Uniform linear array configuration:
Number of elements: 8
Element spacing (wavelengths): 0.75
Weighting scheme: cosine
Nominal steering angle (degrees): -60
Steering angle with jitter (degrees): -58.67
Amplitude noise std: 0.05
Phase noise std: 0.05

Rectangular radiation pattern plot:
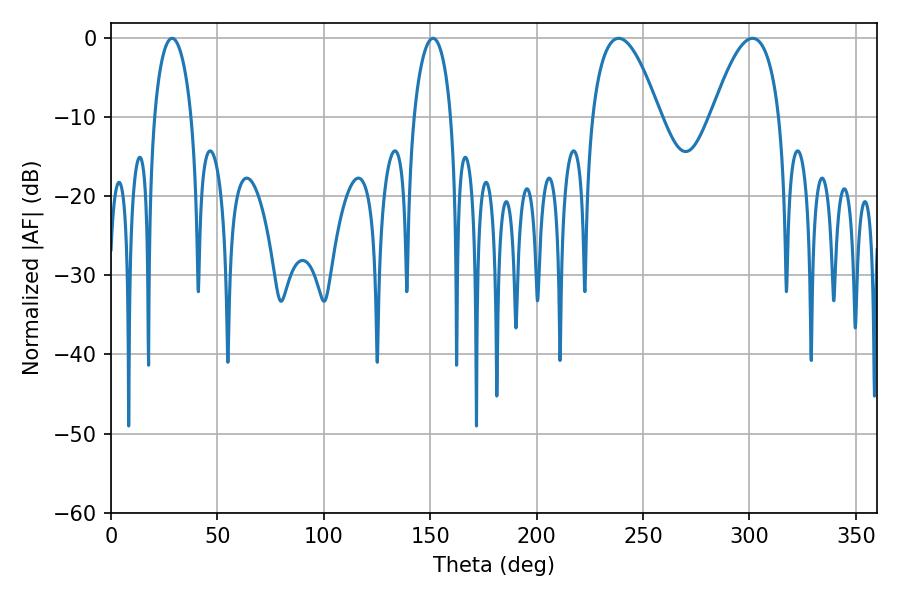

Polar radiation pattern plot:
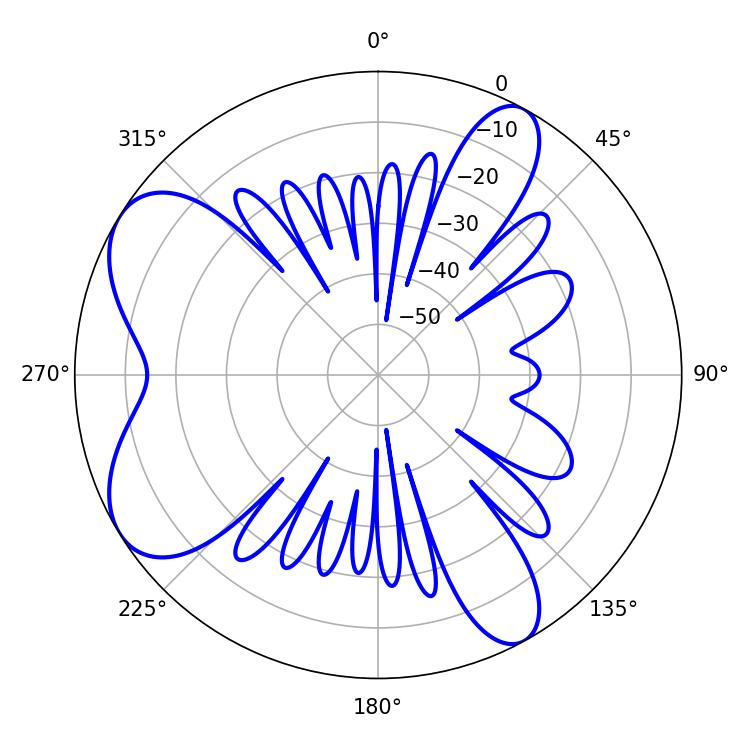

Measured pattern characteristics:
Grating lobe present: TRUE
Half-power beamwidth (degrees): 17.46
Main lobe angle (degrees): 238.5